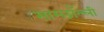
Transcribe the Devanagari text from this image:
साम्छाँल्ली